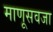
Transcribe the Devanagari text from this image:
माणूसवजा